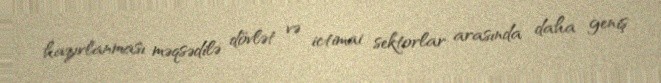
hazırlanması məqsədilə dövlət və ictimai sektorlar arasında daha geniş